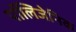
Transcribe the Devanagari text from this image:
पॉलिजेनिक